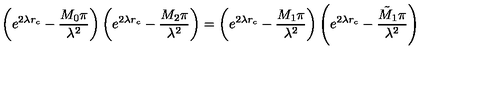
\left( e ^ { 2 \lambda r _ { c } } - \frac { M _ { 0 } \pi } { \lambda ^ { 2 } } \right) \left( e ^ { 2 \lambda r _ { c } } - \frac { M _ { 2 } \pi } { \lambda ^ { 2 } } \right) = \left( e ^ { 2 \lambda r _ { c } } - \frac { M _ { 1 } \pi } { \lambda ^ { 2 } } \right) \left( e ^ { 2 \lambda r _ { c } } - \frac { \tilde { M } _ { 1 } \pi } { \lambda ^ { 2 } } \right)